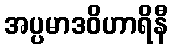
အပ္ပမာဒဝိဟာရိနီ